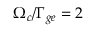
\Omega _ { c } / \Gamma _ { g e } = 2